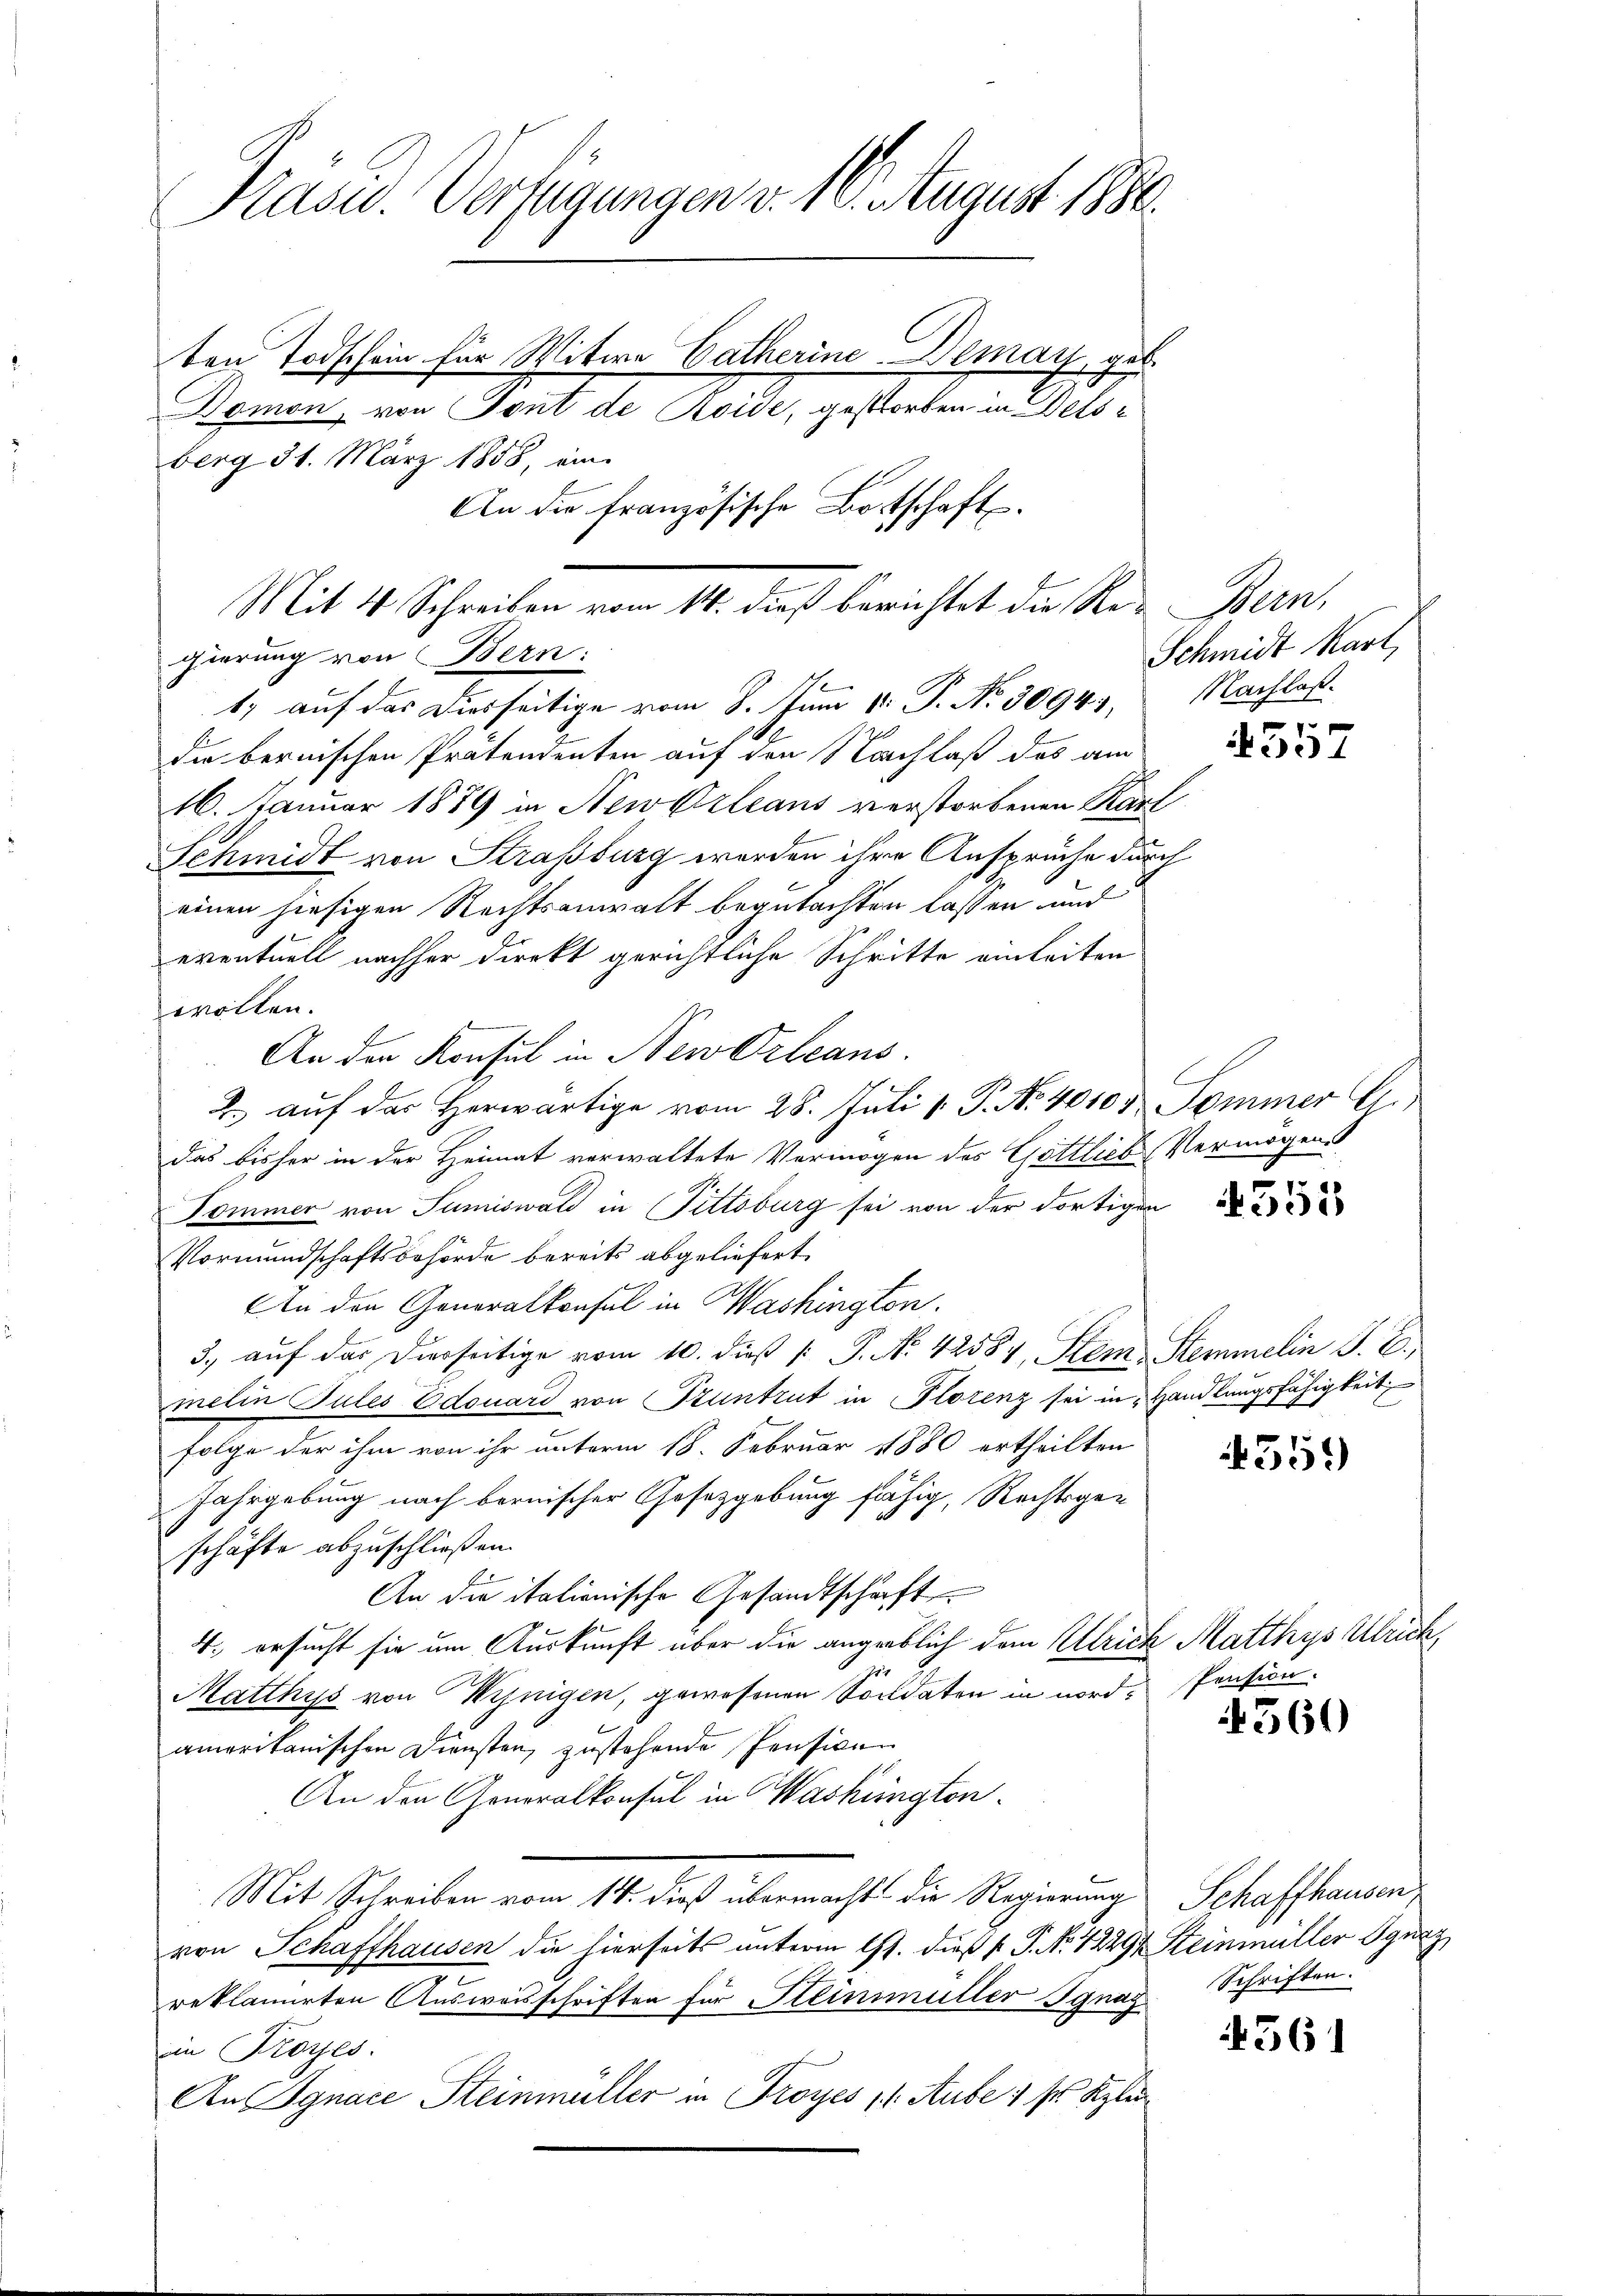
Präsid. Verfügungen v. 16. August 1880.
ten Todschein für Witwe Catherine-Demay, gut.
Domon von Tout de Roide, gestorben in Delsberg 31. März 1858, ein
An die französische Bottschaft.

Mit 4 Schreiben vom 14. dieß berichtet die Regierung von Bern:
1) auf das Diesseitige vom 8. Juni v. P. Nr. 30949, Nachlaß¬

die bernischen Prätendenten auf den Nachlaß des am
16. Januar 1889 in New-Orleans verstorbenen Karl
Schmidt von Straßburg werden ihre Ansprüche durch
einen hiesigen Rechtsanwalt begutachten lassen und
eventuell nachher direkt gerichtliche Schritte einleiten
wollen.
An den Konsul in NewOrleans
e
2. aŭf der Herwärtige vom 28. Juli v. P. Nr. 40104 Sommer G.
das bisher in der Heimat verwaltete Vermögen des Göttlich Vermögens
Dommer von Sumiswald in Fittsburg sei von der dortigen
Vormundschaftsbehörde bereits abgeliefert
An den Generalkonsul in Washington.
3. auf das Dierseitige vom 10. dieß P. Nr. 42584, Stem Stemmelin J. E.,
melin Jules Edouard von Szuntrut in Florenz sei in „Handlungsfähigkeit
Folge der ihm von ihr unterm 18. Februar 1880 ertheilten
Jahrgebung nach bernischer Gesetzgebung fähig, Rechtsgeschäfte abzuschließen.
An die italionische Gesandtschaft
4. ersucht sie um Auskunft über die angeblich dem Ulrich Matthys Ulrick
714
Matthys von Winigen, gewesenen Soldaten in nord-Pension.
amerikanischen Diensten, zustehende Pensiven
An den Generalkonsul in Washington
Mit Schreiben vom 14. dieß übermachte die Regierung Schaffhausen,
von Schaffhausen die hierseits unterm 17. dieß P. P. Nr. 4229 Steinmüller Burg
s
reklamirten Ausweisschriften für Steinmüller Ignaz Schriften.
in Froyes.
An Jgnace Steinmüller in Troyes 11. Aube 1 ½ Kzle

Bern,
Schmidt kart,

7
ce) 1

353

4551)

4560

561